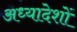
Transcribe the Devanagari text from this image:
अध्‍यादेशों